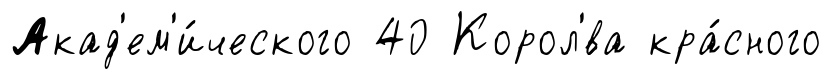
Акад'ем'и́ческого 40 Корол'́ва кра́сного